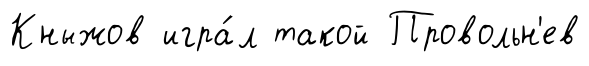
Кныжов игра́л такой Провольн'ев